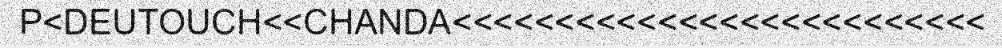
P<DEUTOUCH<<CHANDA<<<<<<<<<<<<<<<<<<<<<<<<<<